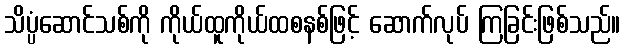
သိပ္ပံဆောင်သစ်ကို ကိုယ်ထူကိုယ်ထစနစ်ဖြင့် ဆောက်လုပ် ကြခြင်းဖြစ်သည်။